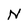
Character: N